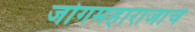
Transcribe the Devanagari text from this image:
जोगमहाराजांचे